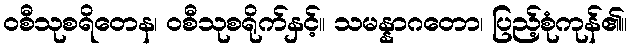
ဝစီသုစရိတေန၊ ဝစီသုစရိုက်နှင့်။ သမန္နာဂတော၊ ပြည့်စုံကုန်၏။